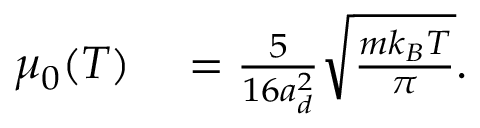
\begin{array} { r l } { \mu _ { 0 } ( T ) } & { { } = \frac { 5 } { 1 6 a _ { d } ^ { 2 } } \sqrt { \frac { m k _ { B } T } { \pi } } . } \end{array}